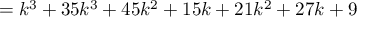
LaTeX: = k ^ { 3 } + 3 5 k ^ { 3 } + 4 5 k ^ { 2 } + 1 5 k + 2 1 k ^ { 2 } + 2 7 k + 9